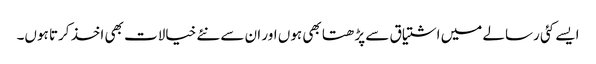
ایسے کئی رسالے میں اشتیاق سے پڑھتا بھی ہوں اور ان سے نئے خیالات بھی اخذ کرتا ہوں۔